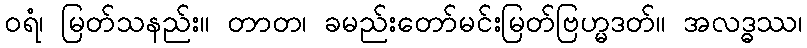
ဝရံ၊ မြတ်သနည်း။ တာတ၊ ခမည်းတော်မင်းမြတ်ဗြဟ္မဒတ်။ အလဒ္ဓဿ၊